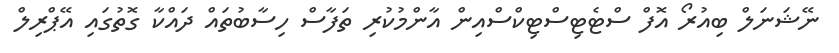
ނޭޝަނަލް ބިއުރޯ އޮފް ސްޓެޓިސްޓިކްސްއިން އާންމުކުރި ތަފާސް ހިސާބުތައް ދައްކާ ގޮތުގައި އޭޕްރިލް